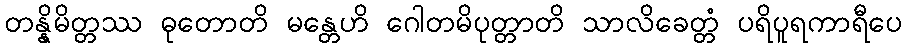
တန္နိမိတ္တဿ ဓုတောတိ မန္တေဟိ ဂေါတမိပုတ္တာတိ သာလိခေတ္တံ ပရိပူရကာရီပေ